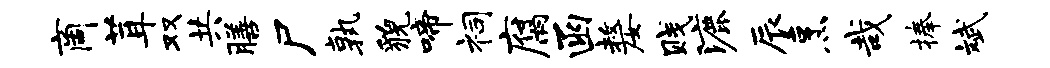
商茸双共膳尸孰貌啼祠腐函嫠贱漉辰烹哉捧斌